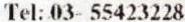
TEL: 03- 55423228